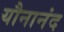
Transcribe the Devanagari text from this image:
यौनानंद